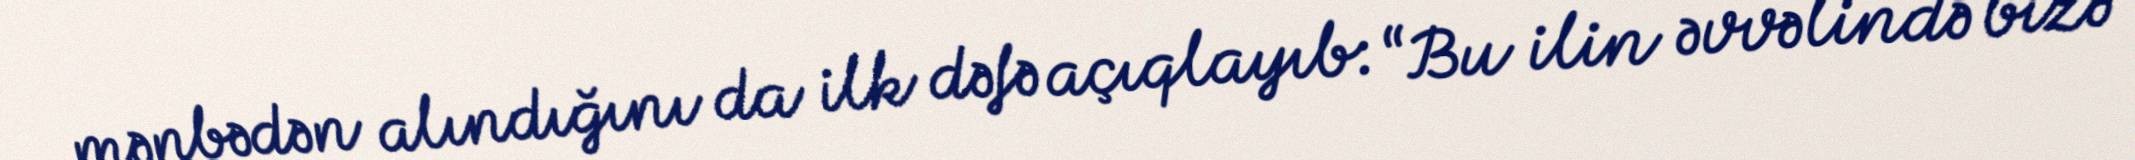
mənbədən alındığını da ilk dəfə açıqlayıb: “Bu ilin əvvəlində bizə